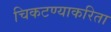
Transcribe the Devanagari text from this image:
चिकटण्याकरिता